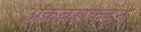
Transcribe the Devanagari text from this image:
अकबराकडून